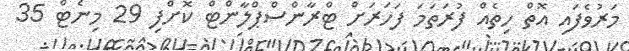
މަރުވެފައި އޮތް ހިތެއް ފުރަތަމަ ފަހަރަށް ޓްރާންސްޕްލާންޓް ކޮށްފި 29 މިނެޓް 35